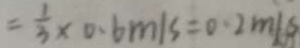
= \frac { 1 } { 3 } \times 0 . 6 m / s = 0 . 2 m / s